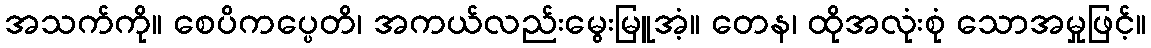
အသက်ကို။ စေပိကပ္ပေတိ၊ အကယ်လည်းမွေးမြူအံ့။ တေန၊ ထိုအလုံးစုံ သောအမှုဖြင့်။